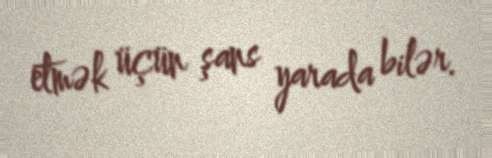
etmək üçün şans yarada bilər.